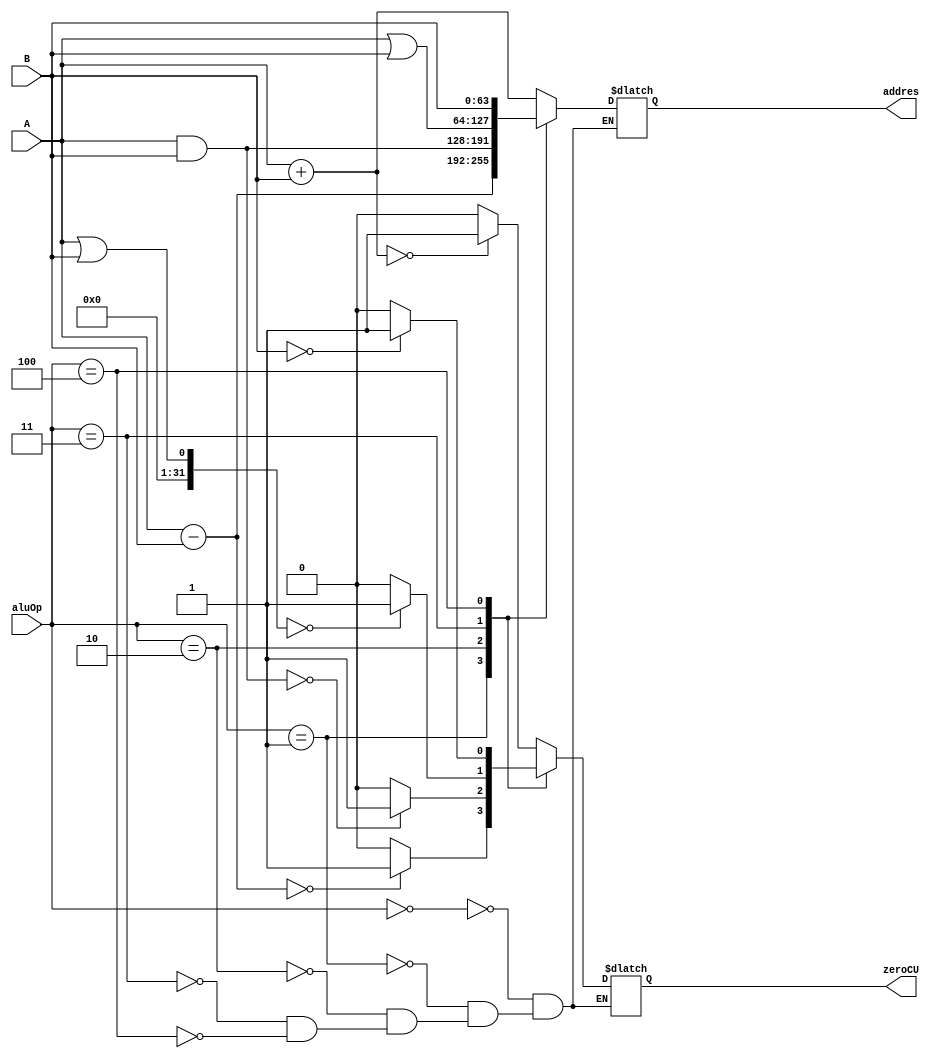
`timescale 1ns / 1ps
//////////////////////////////////////////////////////////////////////////////////
// Company: 
// Engineer: 
// 
// Design Name: 
// Module Name:    AritgmeticLogicUnit 
// Project Name: 
// Target Devices: 
// Tool versions: 
// Description: 
//
// Dependencies: 
//
// Revision: 
// Revision 0.01 - File Created
// Additional Comments: 
//
//////////////////////////////////////////////////////////////////////////////////
module AritgmeticLogicUnit(
	input [63:0] A,
	input [63:0] B,
	input [2:0] aluOp,
	output reg [63:0] addres,
	output reg zeroCU
    );

	always @(aluOp,A,B) begin
		case(aluOp)
			3'b000 : begin
							addres <= A + B;
							if((A + B)==0)
								zeroCU <= 1;
							else
								zeroCU <= 0;
						end
			3'b001 : begin
							addres <= A - B;
							if((A - B)==0)
								zeroCU <= 1;
							else
								zeroCU <= 0;
						end
			3'b010 : begin
							addres <= A & B;
							if((A & B)==0)
								zeroCU <= 1;
							else
								zeroCU <= 0;
						end
			3'b011 : begin
							addres <= A | B;
							if((A || B)==0)
								zeroCU <= 1;
							else
								zeroCU <= 0;
						end
			3'b100 : begin
							addres <= B;
							if(B==0)
								zeroCU <= 1;
							else
								zeroCU <= 0;
						end
		endcase
	end
	
	
endmodule